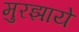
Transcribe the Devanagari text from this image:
मुरझाये